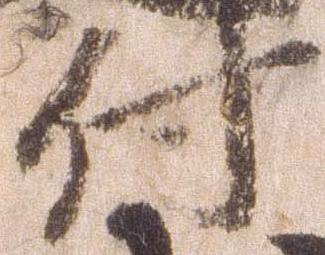
付